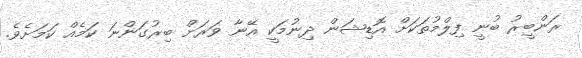
ރަންބީރު ބުނީ ފިލްމުތަކަށް އޮޑިޝަން ދިނުމަކީ އޭނާ ވަރަށް ބިރުގަންނަ ކަމެއް ކަމަށެވެ.